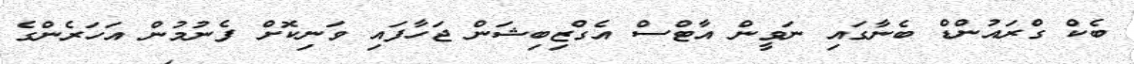
ބެކް ގްރައުންޑް ބެނާގައި ނަވީން އާޓްސް އެގްޒިބިޝަން ޖަހާފައި ވަނިކޮށް ފެނުމުން އަހަރެންގެ